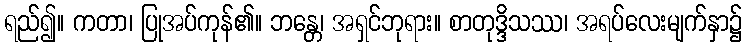
ရည်၍။ ကတာ၊ ပြုအပ်ကုန်၏။ ဘန္တေ၊ အရှင်ဘုရား။ စာတုဒ္ဒိသဿ၊ အရပ်လေးမျက်နှာ၌